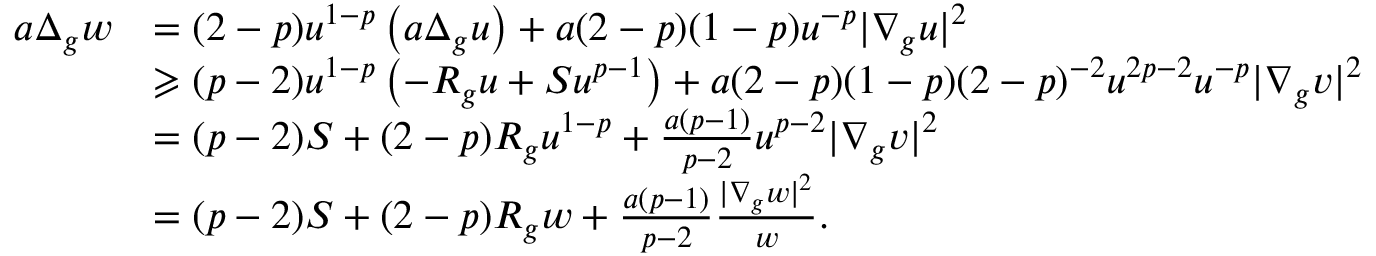
\begin{array} { r l } { a \Delta _ { g } w } & { = ( 2 - p ) u ^ { 1 - p } \left( a \Delta _ { g } u \right) + a ( 2 - p ) ( 1 - p ) u ^ { - p } \lvert \nabla _ { g } u \rvert ^ { 2 } } \\ & { \geqslant ( p - 2 ) u ^ { 1 - p } \left( - R _ { g } u + S u ^ { p - 1 } \right) + a ( 2 - p ) ( 1 - p ) ( 2 - p ) ^ { - 2 } u ^ { 2 p - 2 } u ^ { - p } \lvert \nabla _ { g } v \rvert ^ { 2 } } \\ & { = ( p - 2 ) S + ( 2 - p ) R _ { g } u ^ { 1 - p } + \frac { a ( p - 1 ) } { p - 2 } u ^ { p - 2 } \lvert \nabla _ { g } v \rvert ^ { 2 } } \\ & { = ( p - 2 ) S + ( 2 - p ) R _ { g } w + \frac { a ( p - 1 ) } { p - 2 } \frac { \lvert \nabla _ { g } w \rvert ^ { 2 } } { w } . } \end{array}